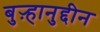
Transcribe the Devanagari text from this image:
बुऱ्हानुद्दीन